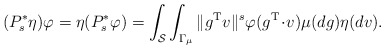
\begin{align*}( P_s^* \eta)\varphi = \eta(P_s^* \varphi)= \int_{\mathcal{S}} \int_{\Gamma_{\mu}}\| g^{\mathrm T} v \|^s \varphi(g^{\mathrm T}\!\cdot\! v)\mu(dg)\eta(dv). \end{align*}